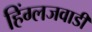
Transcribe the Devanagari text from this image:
हिंग्लजवाडी